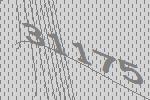
31175